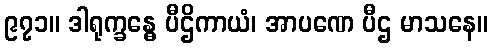
၉၇၁။ ဒါရုက္ခန္ဓေ ပီဌိကာယံ၊ အာပဏေ ပီဌ မာသနေ။